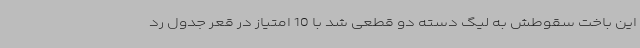
این باخت سقوطش به لیگ دسته دو قطعی شد با 10 امتیاز در قعر جدول رد